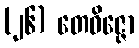
(၂၆) တေဝိဇ္ဇော